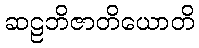
ဆဠဘိဇာတိယောတိ